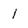
Character: 1